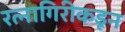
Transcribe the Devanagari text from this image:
रत्नागिरीकडून